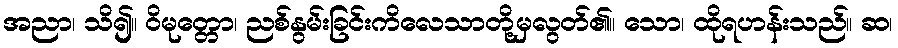
အညာ၊ သိ၍။ ဝိမုတ္တော၊ ညစ်နွမ်းခြင်းကိလေသာတို့မှလွတ်၏။ သော၊ ထိုရဟန်းသည်။ ဆ၊